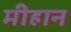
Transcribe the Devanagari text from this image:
मीहान